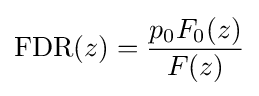
\mathrm {FDR} (z)={\frac {p_{0}F_{0}(z)}{F(z)}}